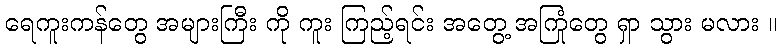
ရေကူးကန်တွေ အများကြီး ကို ကူး ကြည့်ရင်း အတွေ့ အကြုံတွေ ရှာ သွား မလား ။